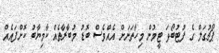
ޕޯޗުގަލް ގެ ފުޓުބޯޅަ ޓީމުން މިހާތަނަށް އެއްވެސް ބޮޑު މުބާރާތެއް ކާމިޔާބު ކޮށްފައެއް